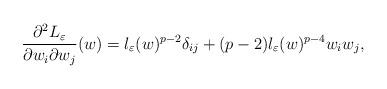
LaTeX: \begin{align*}\frac{\partial^2 L_\varepsilon}{\partial w_i \partial w_j} (w)= l_\varepsilon(w)^{p-2} \delta_{ij} + (p-2)l_\varepsilon(w)^{p-4} w_i w_j, \end{align*}